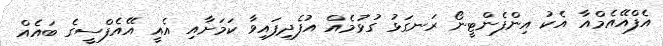
އެފްއޭއެމްއާ އެކު އިންފެންޓީނޯ ރަނގަޅު ގުޅުމެއް އުފެދިފައިވާ ކަމަށާއި އެއީ އޭއެފްސީގެ ބައެއް